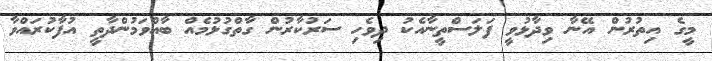
މީގެ އިތުރުން އޭނާ ވިދާޅުވީ ފަލަސްތީނާއެކު ދިވެހި ސަރުކާރުން ގާތްގުޅުމެއް ބާއްވަމުންދާތީ އުފާކުރައްވާ